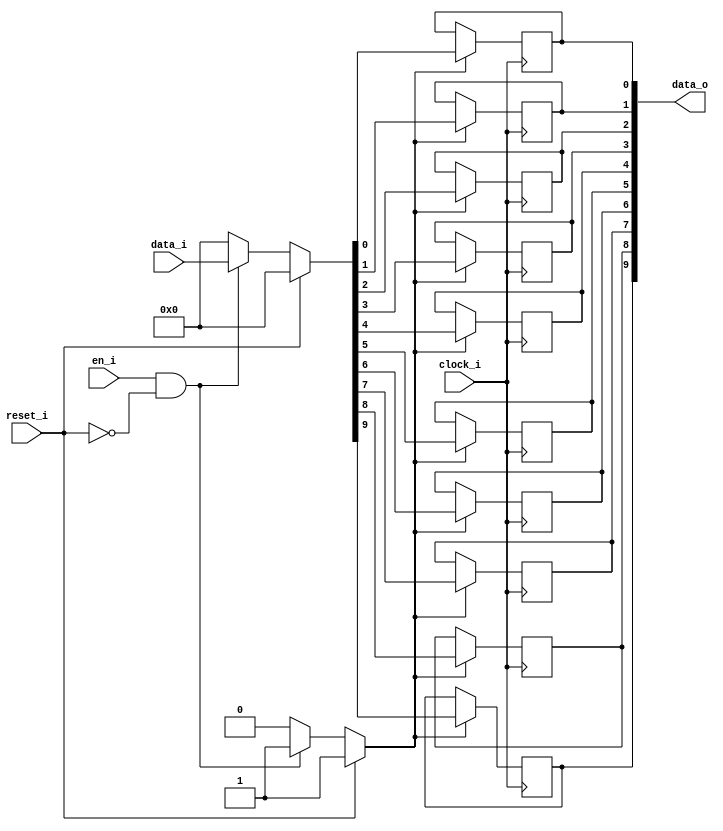
module bsg_dff_reset_en_width_p10_harden_p1
(
  clock_i,
  reset_i,
  en_i,
  data_i,
  data_o
);

  input [9:0] data_i;
  output [9:0] data_o;
  input clock_i;
  input reset_i;
  input en_i;
  wire N0,N1,N2,N3,N4,N5,N6,N7,N8,N9,N10,N11,N12,N13,N14,N15;
  reg [9:0] data_o;

  always @(posedge clock_i) begin
    if(N3) begin
      data_o[9] <= N13;
    end 
  end


  always @(posedge clock_i) begin
    if(N3) begin
      data_o[8] <= N12;
    end 
  end


  always @(posedge clock_i) begin
    if(N3) begin
      data_o[7] <= N11;
    end 
  end


  always @(posedge clock_i) begin
    if(N3) begin
      data_o[6] <= N10;
    end 
  end


  always @(posedge clock_i) begin
    if(N3) begin
      data_o[5] <= N9;
    end 
  end


  always @(posedge clock_i) begin
    if(N3) begin
      data_o[4] <= N8;
    end 
  end


  always @(posedge clock_i) begin
    if(N3) begin
      data_o[3] <= N7;
    end 
  end


  always @(posedge clock_i) begin
    if(N3) begin
      data_o[2] <= N6;
    end 
  end


  always @(posedge clock_i) begin
    if(N3) begin
      data_o[1] <= N5;
    end 
  end


  always @(posedge clock_i) begin
    if(N3) begin
      data_o[0] <= N4;
    end 
  end

  assign N3 = (N0)? 1'b1 : 
              (N15)? 1'b1 : 
              (N2)? 1'b0 : 1'b0;
  assign N0 = reset_i;
  assign { N13, N12, N11, N10, N9, N8, N7, N6, N5, N4 } = (N0)? { 1'b0, 1'b0, 1'b0, 1'b0, 1'b0, 1'b0, 1'b0, 1'b0, 1'b0, 1'b0 } : 
                                                          (N15)? data_i : 1'b0;
  assign N1 = en_i | reset_i;
  assign N2 = ~N1;
  assign N14 = ~reset_i;
  assign N15 = en_i & N14;

endmodule